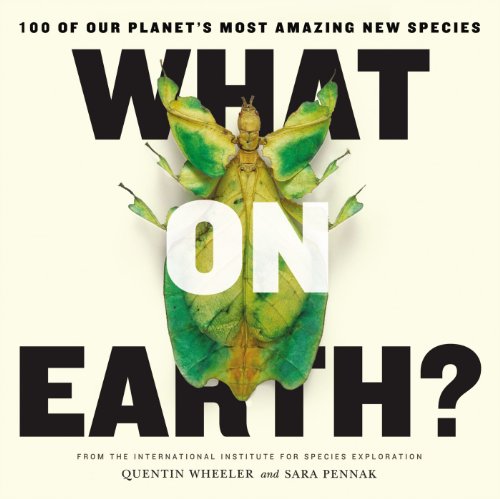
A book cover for What on Earth?: 100 of Our Planet's Most Amazing New Species; Quentin Wheeler; Science & Math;